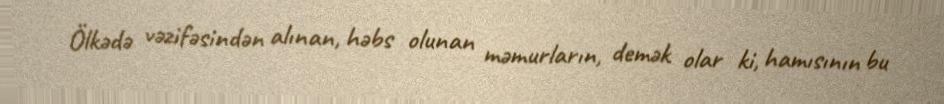
Ölkədə vəzifəsindən alınan, həbs olunan məmurların, demək olar ki, hamısının bu